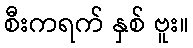
စီးကရက် နှစ် ဗူး။